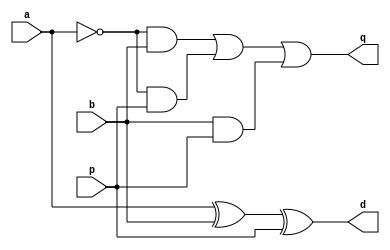
`timescale 1ns / 1ps
//////////////////////////////////////////////////////////////////////////////////
// Company: 
// Engineer: 
// 
// Design Name: 
// Module Name: full_subtractor
// Project Name: 
// Target Devices: 
// Tool Versions: 
// Description: 
// 
// Dependencies: 
// 
// Revision:
// Revision 0.01 - File Created
// Additional Comments:
// 
//////////////////////////////////////////////////////////////////////////////////


module full_subtractor(
    input a,
    input b,
    input p,
    output d,
    output q
    );
    assign d = a ^ b ^ p;
    assign q = (~a & b) | (~a & p) | (b & p);
endmodule